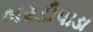
બરડીપાડા